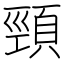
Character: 頸